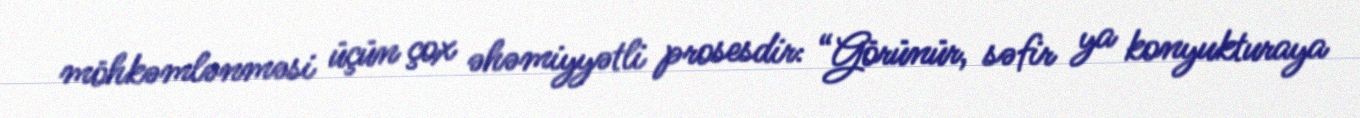
möhkəmlənməsi üçün çox əhəmiyyətli prosesdir: “Görünür, səfir ya konyukturaya